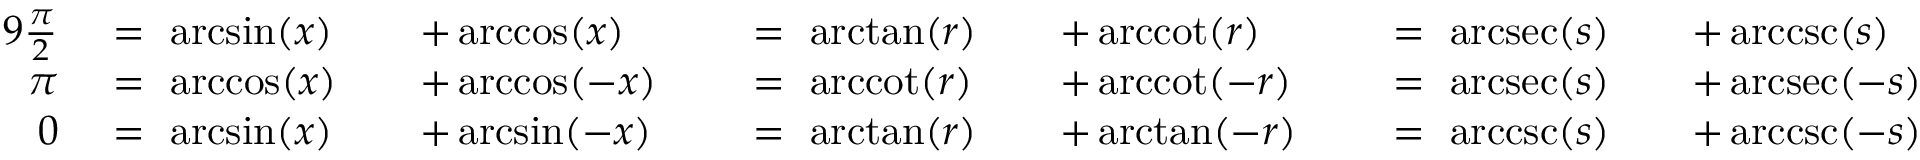
{ \begin{array} { r l r l r l r l r l r l } { { 9 } { \frac { \pi } { 2 } } ~ } & { = ~ \arcsin ( x ) } & & { + \operatorname { a r c c o s } ( x ) ~ } & & { = ~ \arctan ( r ) } & & { + \operatorname { a r c c o t } ( r ) ~ } & & { = ~ \operatorname { a r c s e c } ( s ) } & & { + \operatorname { a r c c s c } ( s ) } \\ { \pi ~ } & { = ~ \operatorname { a r c c o s } ( x ) } & & { + \operatorname { a r c c o s } ( - x ) ~ } & & { = ~ \operatorname { a r c c o t } ( r ) } & & { + \operatorname { a r c c o t } ( - r ) ~ } & & { = ~ \operatorname { a r c s e c } ( s ) } & & { + \operatorname { a r c s e c } ( - s ) } \\ { 0 ~ } & { = ~ \arcsin ( x ) } & & { + \arcsin ( - x ) ~ } & & { = ~ \arctan ( r ) } & & { + \arctan ( - r ) ~ } & & { = ~ \operatorname { a r c c s c } ( s ) } & & { + \operatorname { a r c c s c } ( - s ) } \end{array} }